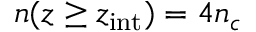
n ( z \ge z _ { \mathrm { i n t } } ) = 4 n _ { c }